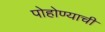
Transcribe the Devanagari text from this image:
पोहोण्याची